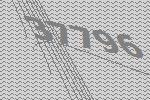
37796